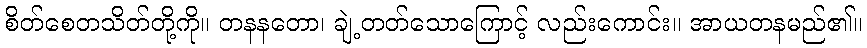
စိတ်စေတသိတ်တို့ကို။ တနနတော၊ ချဲ့တတ်သောကြောင့် လည်းကောင်း။ အာယတနမည်၏။